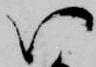
い